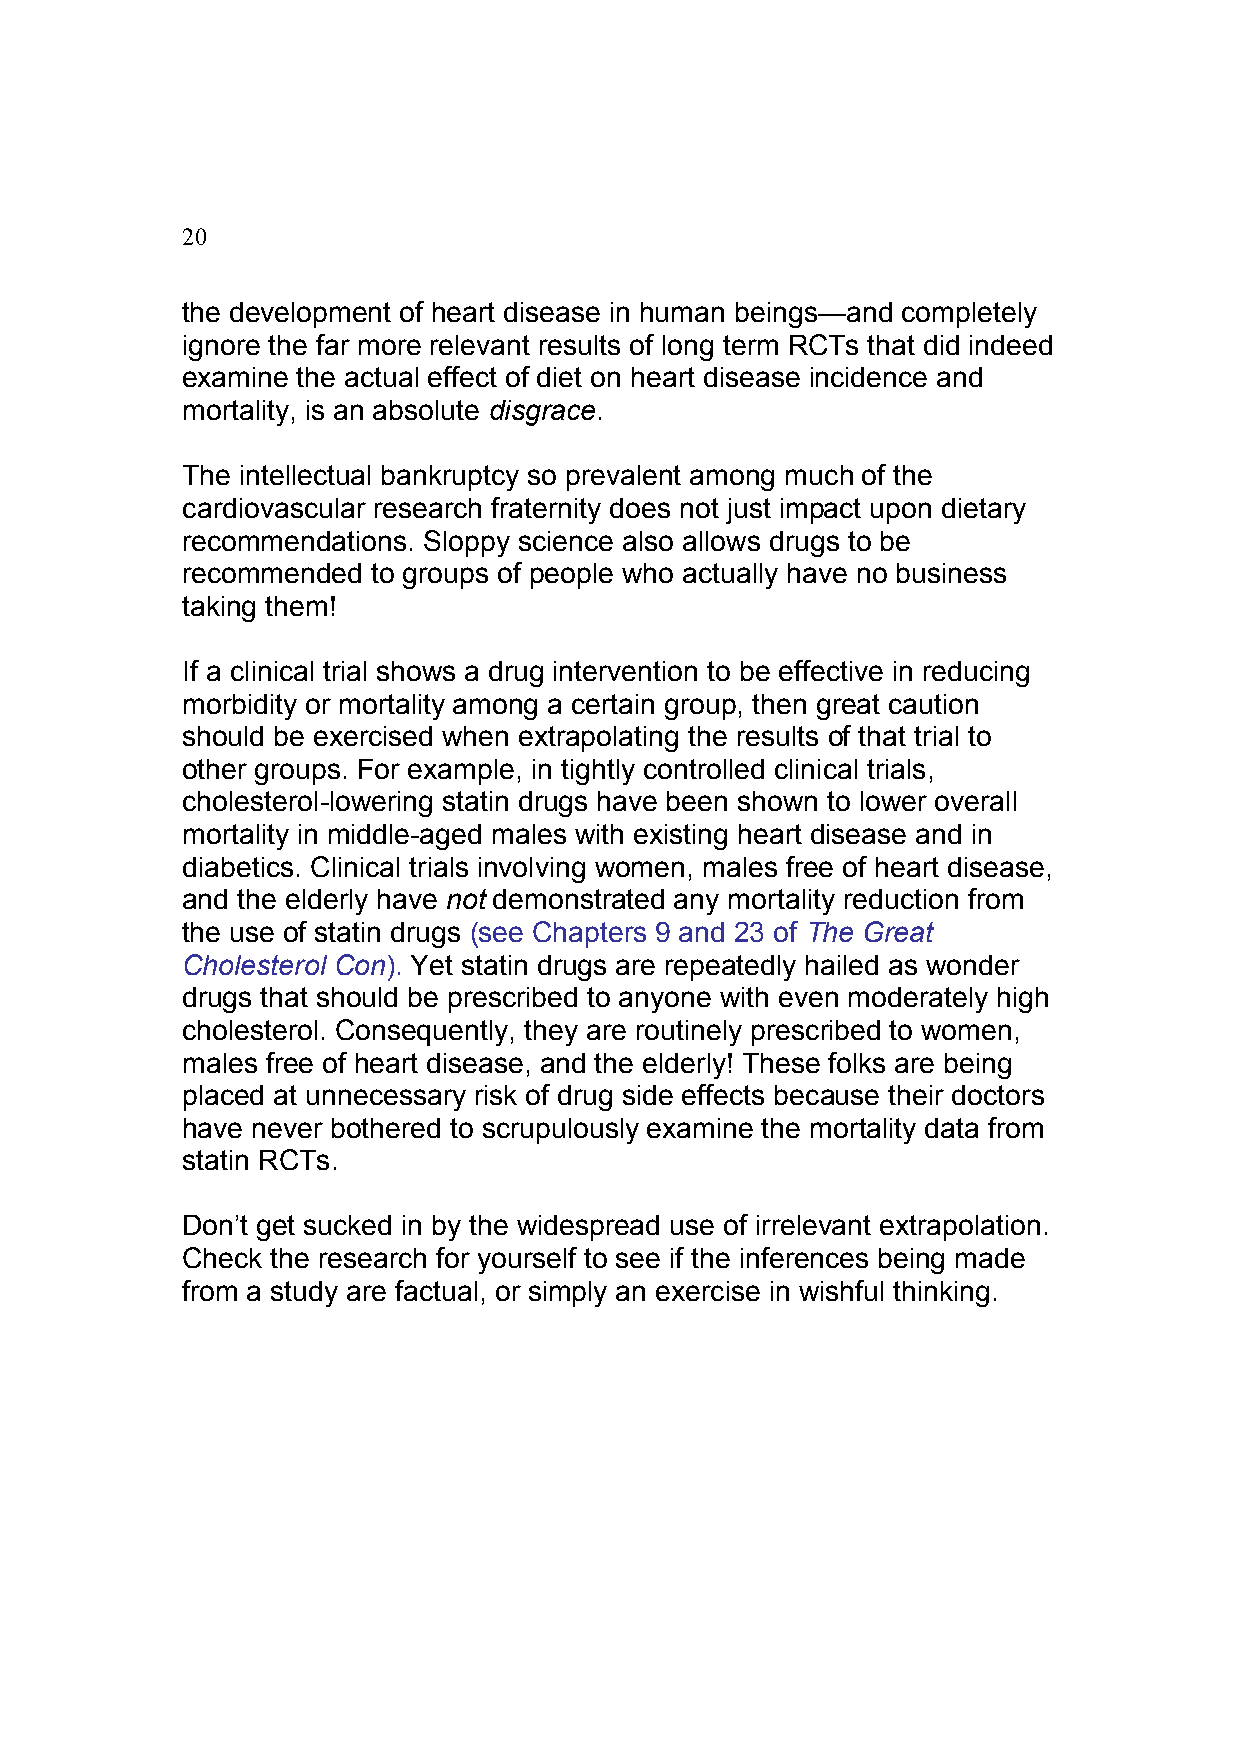
20
 the development of heart disease in human beings—and completely
 ignore the far more relevant results of long term RCTs that did indeed
 examine the actual effect of diet on heart disease incidence and
 mortality, is an absolute disgrace.
 The intellectual bankruptcy so prevalent among much of the
 cardiovascular research fraternity does not just impact upon dietary
 recommendations. Sloppy science also allows drugs to be
 recommended  to groups of people who actually have no business
 taking them!
 If a clinical trial shows a drug intervention to be effective in reducing
 morbidity or mortality among a certain group, then great caution
 should be exercised when extrapolating the results of that trial to
 other groups. For example, in tightly controlled clinical trials,
 cholesterol-lowering statin drugs have been shown to lower overall
 mortality in middle-aged males with existing heart disease and in
 diabetics. Clinical trials involving women, males free of heart disease,
 and the elderly have not demonstrated any mortality reduction from
 the use of statin drugs (see Chapters 9 and 23 of The Great
 Cholesterol Con). Yet statin drugs are repeatedly hailed as wonder
 drugs that should be prescribed to anyone with even moderately high
 cholesterol. Consequently, they are routinely prescribed to women,
 males free of heart disease, and the elderly! These folks are being
 placed at unnecessary risk of drug side effects because their doctors
 have never bothered to scrupulously examine the mortality data from
 statin RCTs.
 Don’t get sucked in by the widespread use of irrelevant extrapolation.
 Check the research for yourself to see if the inferences being made
 from a study are factual, or simply an exercise in wishful thinking.